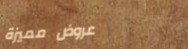
عروض مميزة